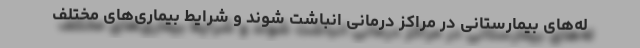
له‌های بیمارستانی در مراکز درمانی انباشت شوند و شرایط بیماری‌های مختلف